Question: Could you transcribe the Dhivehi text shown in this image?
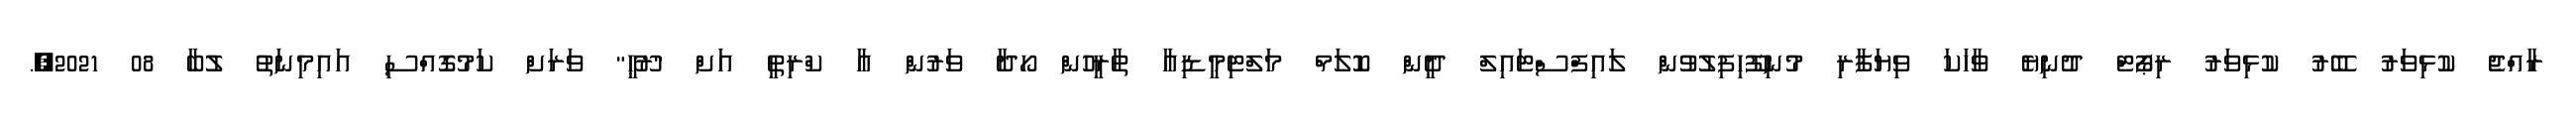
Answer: ރާއްޖެ ކުޅިވަރު ބޭރު ކުޅިވަރު ރިޕޯޓް ދުނިޔެ ވާހަކަ ވިޔަފާރި މުނިފޫހިފިލުވުން ލައިފްސްޓައިލް ދީން ކޮލަމް މަލްޓިމީޑިއާ ތާރީހުން ހޯދާ ވަރުން އާ ކްރިތީ އަށް "ރޫޙީ" ވަރަށް ކަމުގޮއްސި އައިމިނަތު ލުބާ 08 2021,.